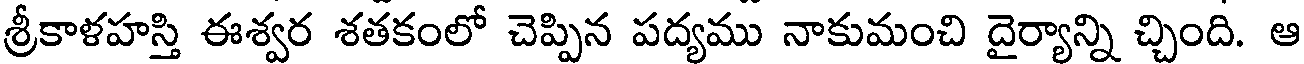
శ్రీకాళహస్తి ఈశ్వర శతకంలో చెప్పిన పద్యము నాకుమంచి దైర్యాన్ని చ్చింది. ఆ